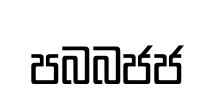
පබබජජ